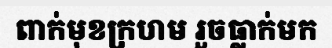
ពាក់មុខក្រហម រួចធ្លាក់មក